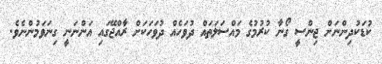
ކުޑަކުދިންނަށް ޖިންސީ ގޯނާ ކުރުމުގެ މައްސަލަތައް ދުވަހެއް ދުވަހަކަށް ރާއްޖޭގައި އަންނަނީ ގިނަވަމުންނެވެ.